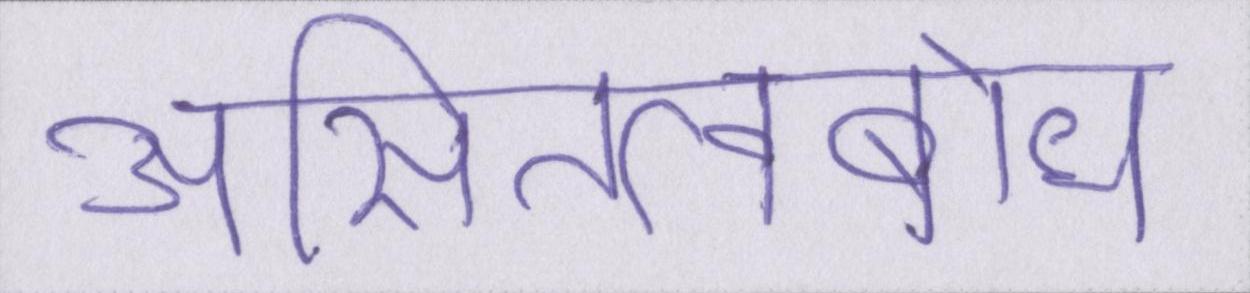
असितत्वबोध